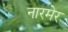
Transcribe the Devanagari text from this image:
नारमेर